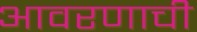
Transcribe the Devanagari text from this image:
आवरणाची